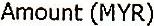
AMOUNT (MYR)